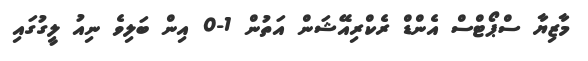
މާޒިޔާ ސްޕޯޓްސް އެންޑް ރެކްރިއޭޝަން އަތުން 1-0 އިން ބަލިވެ ނިއު ލީގުގައި